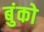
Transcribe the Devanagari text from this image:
बुंको